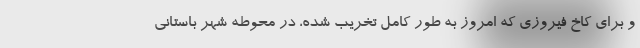
و برای کاخ فیروزی که امروز به طور کامل تخریب شده، در محوطه شهر باستانی